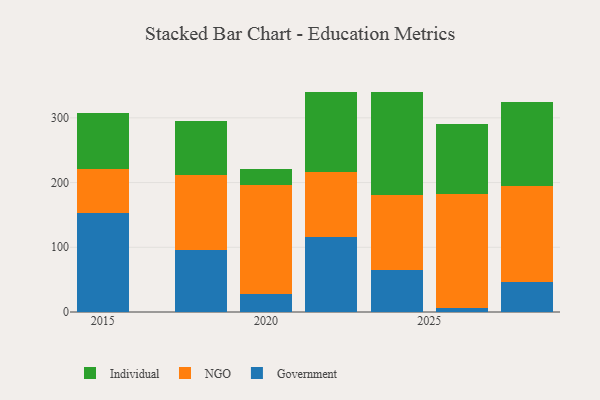
{"axis": {"x": "Year", "y": "Satisfaction Score"}, "legend": ["Government", "Individual", "NGO"], "data": [{"x": "2024", "y": 65.6, "type": "Government"}, {"x": "2024", "y": 115.3, "type": "NGO"}, {"x": "2024", "y": 159.7, "type": "Individual"}, {"x": "2015", "y": 153.1, "type": "Government"}, {"x": "2015", "y": 68.2, "type": "NGO"}, {"x": "2015", "y": 86.8, "type": "Individual"}, {"x": "2028", "y": 46.7, "type": "Government"}, {"x": "2028", "y": 148.3, "type": "NGO"}, {"x": "2028", "y": 129.0, "type": "Individual"}, {"x": "2018", "y": 96.3, "type": "Government"}, {"x": "2018", "y": 115.7, "type": "NGO"}, {"x": "2018", "y": 83.1, "type": "Individual"}, {"x": "2020", "y": 27.9, "type": "Government"}, {"x": "2020", "y": 168.0, "type": "NGO"}, {"x": "2020", "y": 24.6, "type": "Individual"}, {"x": "2022", "y": 116.6, "type": "Government"}, {"x": "2022", "y": 99.1, "type": "NGO"}, {"x": "2022", "y": 123.8, "type": "Individual"}, {"x": "2026", "y": 5.9, "type": "Government"}, {"x": "2026", "y": 175.7, "type": "NGO"}, {"x": "2026", "y": 109.7, "type": "Individual"}]}